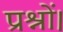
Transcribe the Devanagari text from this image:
प्रश्नों।